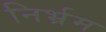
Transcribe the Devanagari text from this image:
निर्भ्रम